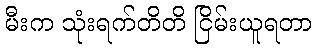
မီးက သုံးရက်တိတိ ငြိမ်းယူရတာ